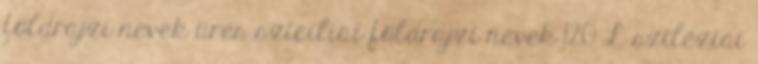
földrajzi nevek‎ üres szicíliai földrajzi nevek‎ 120 L sziléziai